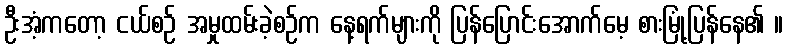
ဦးအံ့ကတော့ ငယ်စဉ် အမှုထမ်းခဲ့စဉ်က နေ့ရက်များကို ပြန်ပြောင်းအောက်မေ့ စားမြုံ့ပြန်နေ၏ ။